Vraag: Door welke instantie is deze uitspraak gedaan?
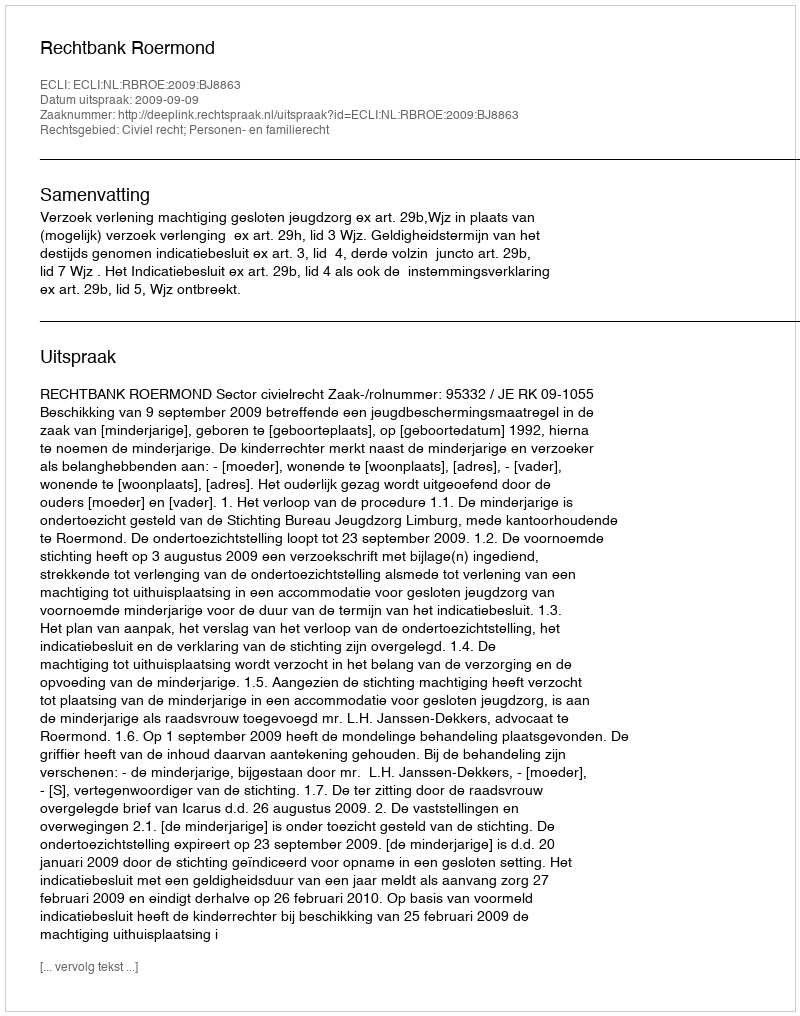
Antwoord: Rechtbank Roermond